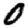
Digit: 0